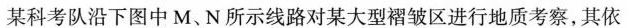
某科考队沿下图中M、N所示线路对某大型褶皱区进行地质考察，其依